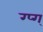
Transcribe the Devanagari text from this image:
ग्प्ग्